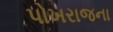
પોખરાજના